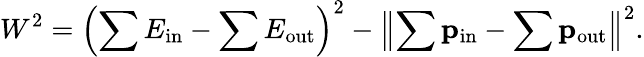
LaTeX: W^{2}=\left(\sum E_{\mathrm{in}}-\sum E_{\mathrm{out}}\right)^{2}-\left\| \sum\mathbf{p}_{\mathrm{in}}-\sum\mathbf{p}_{\mathrm{out}}\right\| ^{2}.